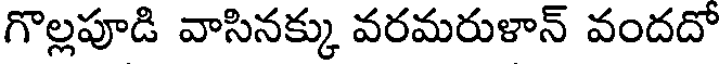
గొల్లపూడి వాసినక్కు వరమరుళాన్ వందదో